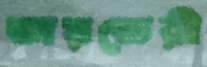
জয়ভেরী